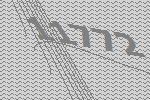
11772